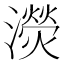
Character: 濙